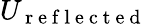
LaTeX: U_{\mathrm{~r~e~f~l~e~c~t~e~d~}}